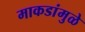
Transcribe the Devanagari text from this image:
माकडांमुळे